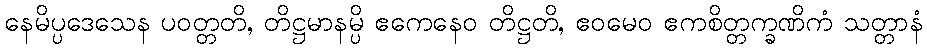
နေမိပ္ပဒေသေန ပဝတ္တတိ, တိဋ္ဌမာနမ္ပိ ဧကေနေဝ တိဋ္ဌတိ, ဧဝမေဝ ဧကစိတ္တက္ခဏိကံ သတ္တာနံ